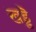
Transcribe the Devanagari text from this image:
खड्डॆ